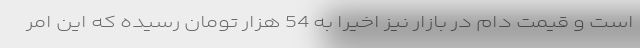
است و قیمت دام در بازار نیز اخیرا به 54 هزار تومان رسیده که این امر